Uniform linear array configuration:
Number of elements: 32
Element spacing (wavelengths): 0.5
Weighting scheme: hamming
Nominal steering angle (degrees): -60
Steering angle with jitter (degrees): -58.192
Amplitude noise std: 0.05
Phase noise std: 0.05

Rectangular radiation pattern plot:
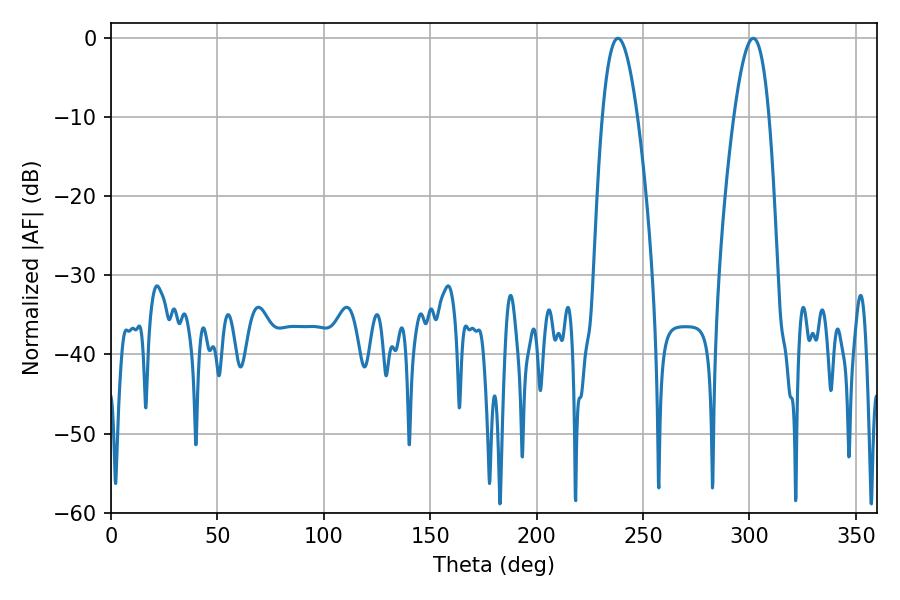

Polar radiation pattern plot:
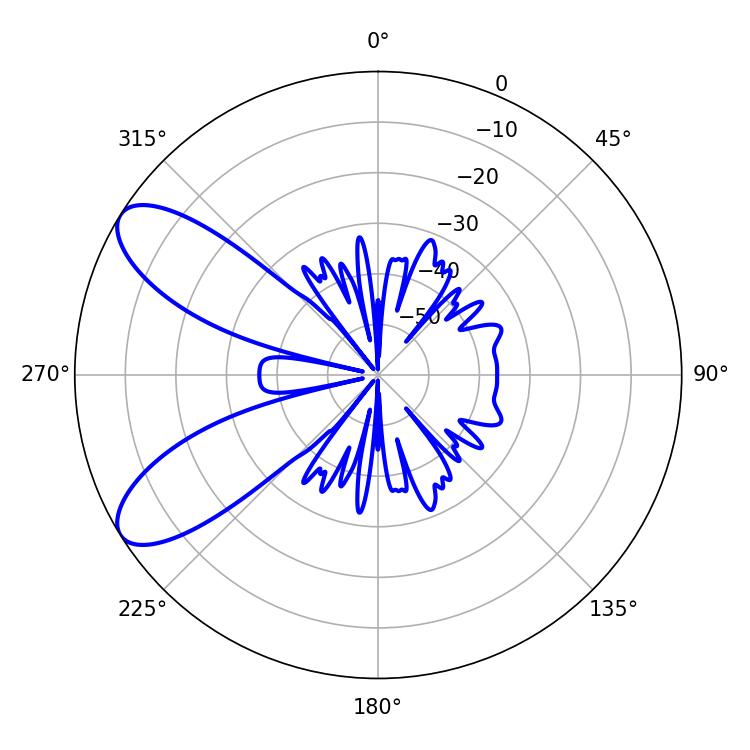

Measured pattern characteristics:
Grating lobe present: FALSE
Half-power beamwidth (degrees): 9
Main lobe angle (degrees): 238.14